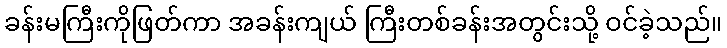
ခန်းမကြီးကိုဖြတ်ကာ အခန်းကျယ် ကြီးတစ်ခန်းအတွင်းသို့ ဝင်ခဲ့သည်။